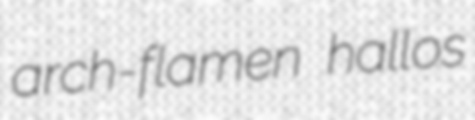
arch-flamen hallos